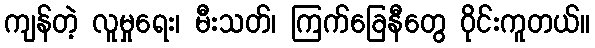
ကျန်တဲ့ လူမှုရေး၊ မီးသတ်၊ ကြက်ခြေနီတွေ ဝိုင်းကူတယ်။